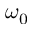
\omega _ { 0 }